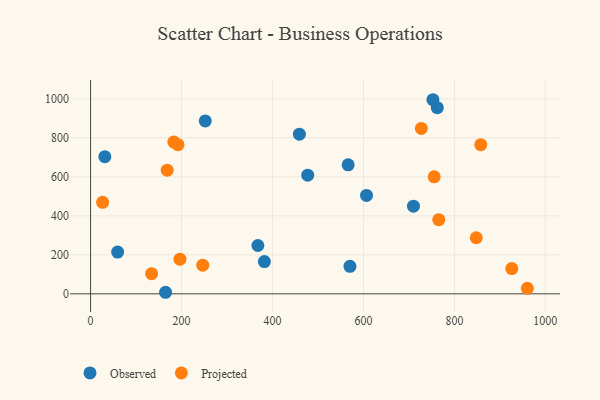
{"axis": {"x": "Experience", "y": "Salary"}, "legend": ["Observed", "Projected"], "data": [{"x": "606.8", "y": 504.5, "type": "Observed"}, {"x": "752.8", "y": 995.4, "type": "Observed"}, {"x": "382.2", "y": 165.5, "type": "Observed"}, {"x": "477.5", "y": 608.7, "type": "Observed"}, {"x": "252.2", "y": 886.6, "type": "Observed"}, {"x": "164.9", "y": 7.9, "type": "Observed"}, {"x": "566.4", "y": 661.3, "type": "Observed"}, {"x": "710.0", "y": 449.5, "type": "Observed"}, {"x": "31.4", "y": 703.4, "type": "Observed"}, {"x": "367.9", "y": 247.9, "type": "Observed"}, {"x": "59.5", "y": 214.1, "type": "Observed"}, {"x": "459.2", "y": 818.7, "type": "Observed"}, {"x": "570.4", "y": 140.8, "type": "Observed"}, {"x": "762.4", "y": 954.6, "type": "Observed"}, {"x": "246.7", "y": 146.9, "type": "Projected"}, {"x": "192.2", "y": 765.0, "type": "Projected"}, {"x": "196.5", "y": 177.7, "type": "Projected"}, {"x": "183.1", "y": 778.2, "type": "Projected"}, {"x": "755.6", "y": 599.9, "type": "Projected"}, {"x": "960.5", "y": 28.1, "type": "Projected"}, {"x": "727.3", "y": 848.3, "type": "Projected"}, {"x": "26.5", "y": 469.0, "type": "Projected"}, {"x": "168.5", "y": 634.1, "type": "Projected"}, {"x": "134.2", "y": 103.3, "type": "Projected"}, {"x": "765.7", "y": 380.2, "type": "Projected"}, {"x": "848.1", "y": 287.6, "type": "Projected"}, {"x": "926.2", "y": 129.6, "type": "Projected"}, {"x": "858.0", "y": 764.8, "type": "Projected"}]}